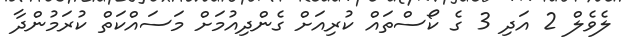
ލެވެލް 2 އަދި 3 ގެ ކޯސްތައް ކުރިއަށް ގެންދިއުމަށް މަސައްކަތް ކުރަމުންދާ